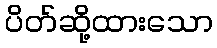
ပိတ်ဆို့ထားသော